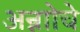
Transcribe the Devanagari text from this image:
अन्नाोचे